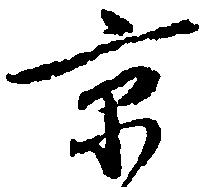
京